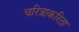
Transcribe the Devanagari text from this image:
चरित्राकरिता